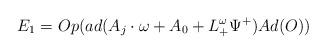
LaTeX: \begin{align*}E_{1} = Op (ad( A_j \cdot \omega+A_0 + L^\omega_{+} \Psi^+) Ad(O)) \end{align*}